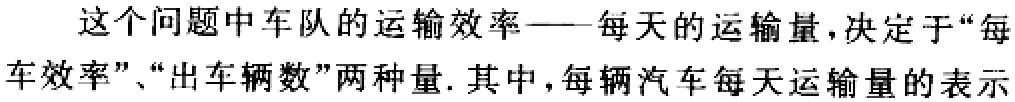
这个问题中车队的运输效率——每天的运输量,决定于“每
车效率”、“出车辆数”两种量. 其中,每辆汽车每天运输量的表示